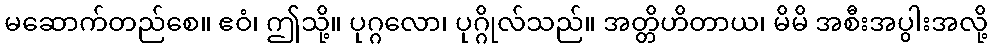
မဆောက်တည်စေ။ ဧဝံ၊ ဤသို့။ ပုဂ္ဂလော၊ ပုဂ္ဂိုလ်သည်။ အတ္တိဟိတာယ၊ မိမိ အစီးအပွါးအလို့